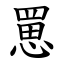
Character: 罳